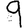
Digit: 9